Report of the Imperial Institute of Veterinary Research, Muktesar
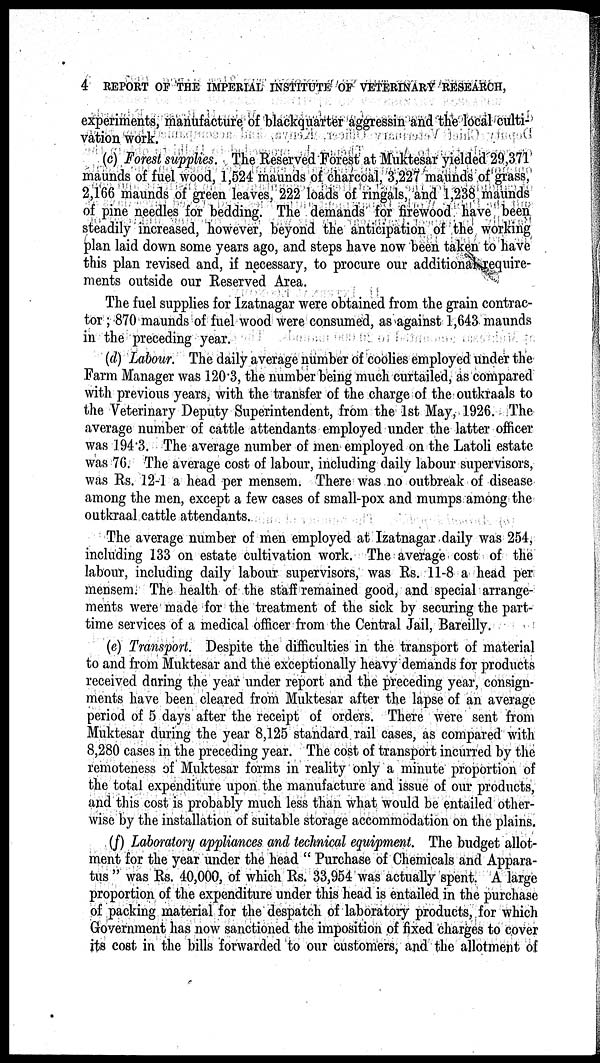
4 REPORT OF THE IMPERIAL INSTITUTE OF VETERINARY RESEARCH,
experiments, manufacture of blackquarter aggressin and the local culti-
vation work.
(c) Forest supplies. The Reserved Forest at Muktesar yielded 29,371
maunds of fuel wood, 1,524 maunds of charcoal, 3,227 maunds of grass,
2,166 maunds of green leaves, 222 loads of ringals, and 1,238 maunds
of pine needles for bedding. The demands for firewood have been
steadily increased, however, beyond the anticipation of the working
plan laid down some years ago, and steps have now been taken to have
this plan revised and, if necessary, to procure our additional require-
ments outside our Reserved Area.
The fuel supplies for Izatnagar were obtained from the grain contrac-
tor ; 870 maunds of fuel wood were consumed, as against 1,643 maunds
in the preceding year.
(d) Labour. The daily average number of coolies employed under the
Farm Manager was 120.3, the number being much curtailed, as compared
with previous years, with the transfer of the charge of the outkraals to
the Veterinary Deputy Superintendent, from the 1st May, 1926. The
average number of cattle attendants employed under the latter officer
was 194.3. The average number of men employed on the Latoli estate
was 76. The average cost of labour, including daily labour supervisors,
was Rs. 12-1 a head per mensem. There was no outbreak of disease
among the men, except a few cases of small-pox and mumps among the
outkraal cattle attendants.
The average number of men employed at Izatnagar daily was 254,
including 133 on estate cultivation work. The average cost of the
labour, including daily labour supervisors, was Rs. 11-8 a head per
mensem. The health of the staff remained good, and special arrange-
ments were made for the treatment of the sick by securing the part-
time services of a medical officer from the Central Jail, Bareilly.
(e) Transport. Despite the difficulties in the transport of material
to and from Muktesar and the exceptionally heavy demands for products
received during the year under report and the preceding year, consign-
ments have been cleared from Muktesar after the lapse of an average
period of 5 days after the receipt of orders. There were sent from
Muktesar during the year 8,125 standard rail cases, as compared with
8,280 cases in the preceding year. The cost of transport incurred by the
remoteness of Muktesar forms in reality only a minute proportion of
the total expenditure upon the manufacture and issue of our products,
and this cost is probably much less than what would be entailed other-
wise by the installation of suitable storage accommodation on the plains.
(f) Laboratory appliances and technical equipment. The budget allot-
ment for the year under the head " Purchase of Chemicals and Appara-
tus " was Rs. 40,000, of which Rs. 33,954 was actually spent. A large
proportion of the expenditure under this head is entailed in the purchase
of packing material for the despatch of laboratory products, for which
Government has now sanctioned the imposition of fixed charges to cover
its cost in the bills forwarded to our customers, and the allotment of